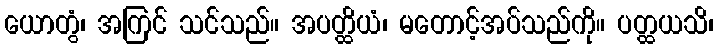
ယောတွံ၊ အကြင် သင်သည်။ အပတ္ထိယံ၊ မတောင့်အပ်သည်ကို။ ပတ္ထယသိ၊